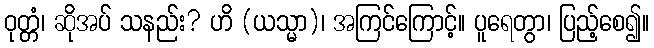
ဝုတ္တံ၊ ဆိုအပ် သနည်း? ဟိ (ယသ္မာ)၊ အကြင်ကြောင့်။ ပူရေတွာ၊ ပြည့်စေ၍။